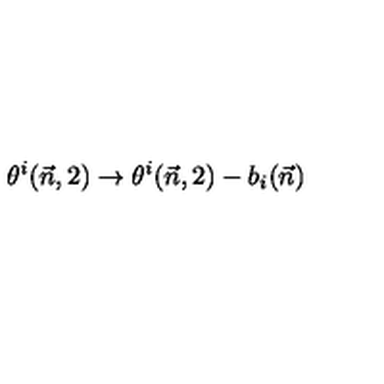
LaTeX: \theta ^ { i } ( \vec { n } , 2 ) \to \theta ^ { i } ( \vec { n } , 2 ) - b _ { i } ( \vec { n } )